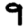
Digit: 9